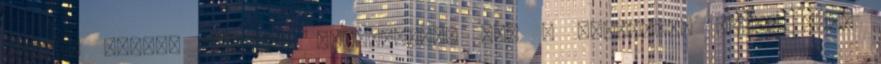
lefelé mutató nyíllal változtassa meg a számozott lista vagy